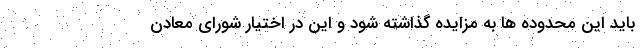
باید این محدوده ها به مزایده گذاشته شود و این در اختیار شورای معادن